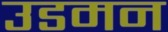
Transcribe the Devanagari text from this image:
उडमन